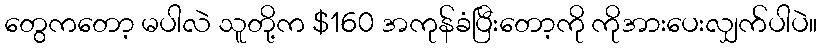
တွေကတော့ မပါလဲ သူတို့က $160 အကုန်ခံပြီးတော့ကို ကိုအားပေးလျှက်ပါပဲ။